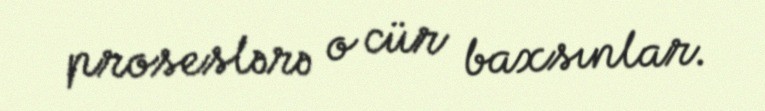
proseslərə o cür baxsınlar.